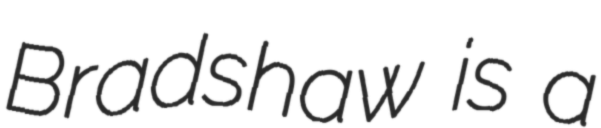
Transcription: Bradshaw is a